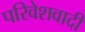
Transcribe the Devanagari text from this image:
परिवेशवादी